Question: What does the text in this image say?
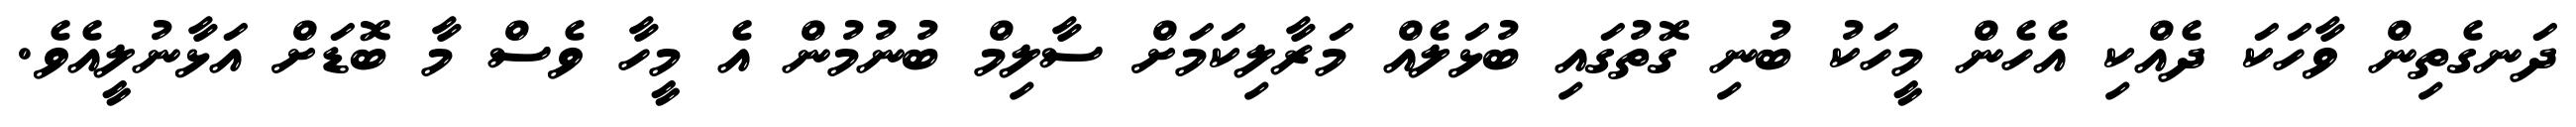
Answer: ދަނގެތިން ވާހަކަ ދެއްކި އެހެން މީހަކު ބުނި ގޮތުގައި ބުޅަލެއް މަރާލިކަމަށް ސާލިމް ބުނުމުން އެ މީހާ ވެސް މާ ބޮޑަށް އަޅާނުލީއެވެ.